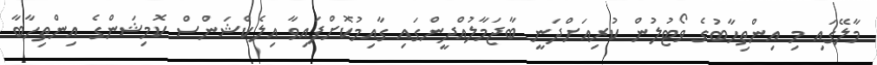
މާލޭގައި މި އިންތިހާބުގެ ވޯޓުލުން ކުރިއަށްދަނީ ބާޖަމާލުއްދީންގައި ގާއިމުކޮށްފައިވާ އިލެކްޝަންސް ކޮމިޝަންގެ އިންތިހާބާ